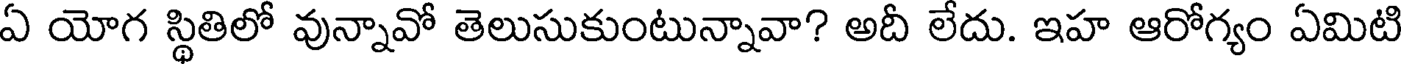
ఏ యోగ స్థితిలో వున్నావో తెలుసుకుంటున్నావా? అదీ లేదు. ఇహ ఆరోగ్యం ఏమిటి